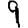
Digit: 9